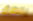
بالطرق